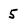
Character: 5